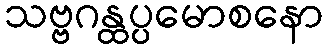
သဗ္ဗဂန္ထပ္ပမောစနော